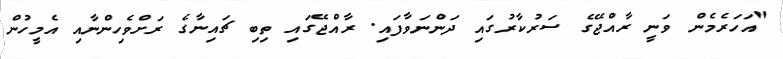
"އަހަރެމެން ވަނީ ރާއްޖޭގެ ސަރުކާރުގައި ދަންނަވާފައި. ރާއްޖޭގައި ތިބި ޗައިނާގެ ރަށްވެހިންނާއި އެމީހުން